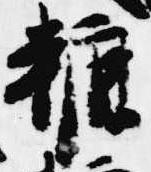
轆